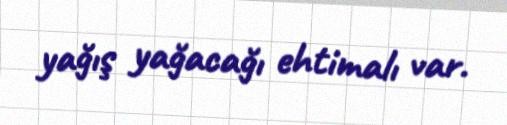
yağış yağacağı ehtimalı var.